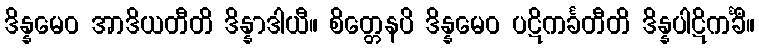
ဒိန္နမေဝ အာဒိယတီတိ ဒိန္နာဒါယီ။ စိတ္တေနပိ ဒိန္နမေဝ ပဋိကင်္ခတီတိ ဒိန္နပါဋိကင်္ခီ။